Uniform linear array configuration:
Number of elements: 16
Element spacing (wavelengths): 0.25
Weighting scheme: kaiser
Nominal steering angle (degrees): -45
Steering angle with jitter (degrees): -46.519
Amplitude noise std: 0.05
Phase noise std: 0.05

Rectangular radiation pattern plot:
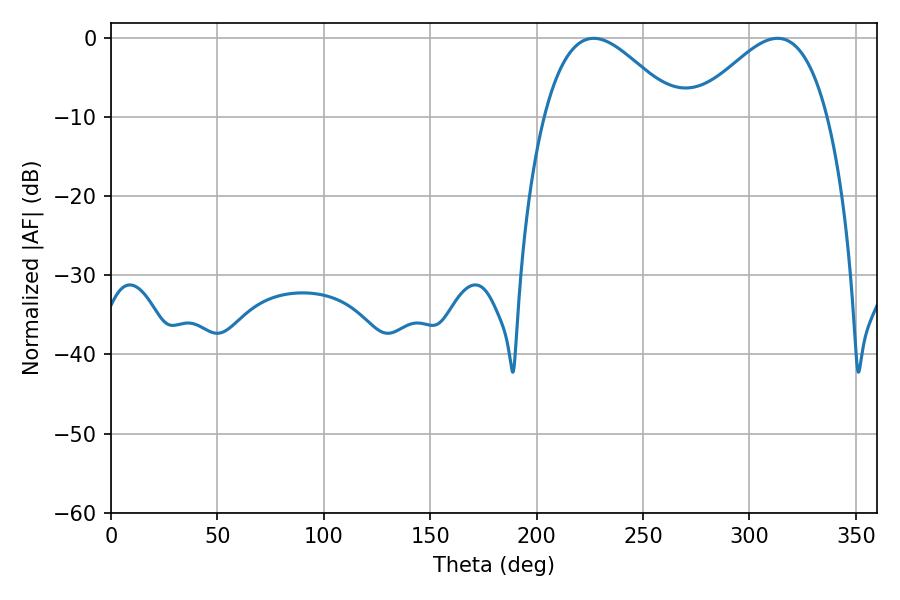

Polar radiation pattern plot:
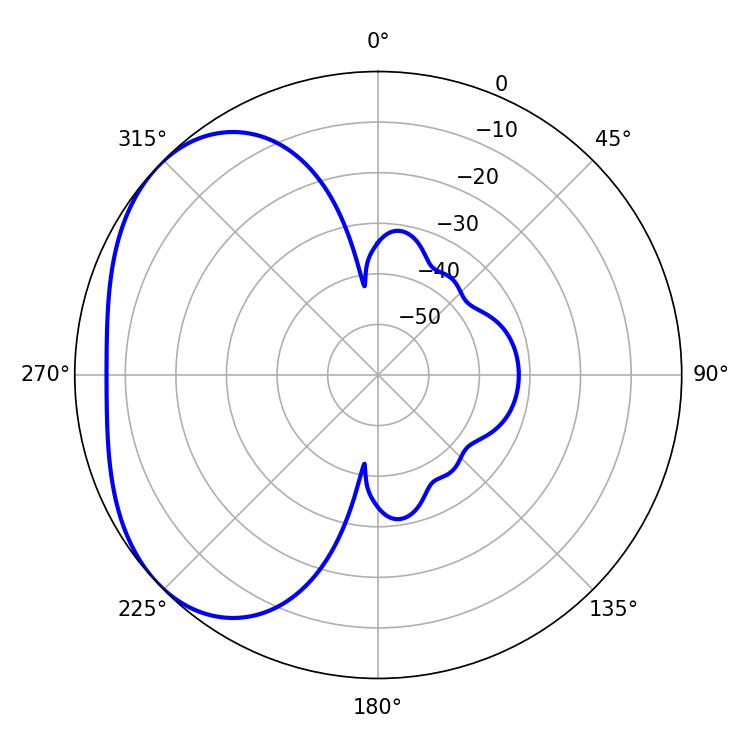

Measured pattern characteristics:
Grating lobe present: FALSE
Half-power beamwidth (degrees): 33.66
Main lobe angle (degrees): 226.8